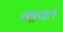
ભાવત